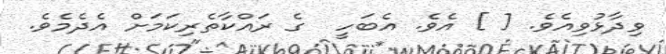
ވިދާޅުވިއެވެ. [ ] އެވެ. އެބަހީ  ގެ ރައްކާތެރިކަމަށް އެދެމެވެ.